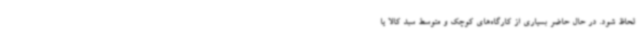
لحاظ شود. در حال حاضر بسیاری از کارگاه‌های کوچک و متوسط سبد کالا یا